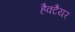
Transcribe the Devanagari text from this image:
हैक्टैयर